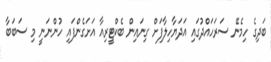
ބަދިގެ ހިމެނޭ ސަރަހައްދުގައި އަދަޔާހިލާފަށް ގިނައިން ބެކްޓީރިއާ އަށަގެންފައި ހުންނަނީ މި ސަބަބާ